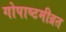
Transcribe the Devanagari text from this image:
गोपाष्टमीव्रत